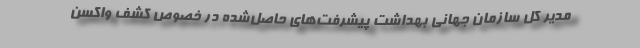
مدیر کل سازمان جهانی بهداشت پیشرفت‌های حاصل‌شده در خصوص کشف واکسن